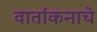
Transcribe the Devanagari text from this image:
वार्तांकनाचे